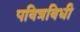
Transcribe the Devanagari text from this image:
पवित्रविधी